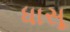
ધાસૂ